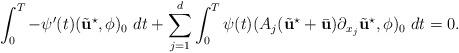
LaTeX: \begin{align*}\int_{0}^{T} - \psi'(t) (\tilde{\textbf{u}}^{\star}, \phi)_{0} ~ dt + \sum_{j=1}^{d}\int_{0}^{T} \psi(t) (A_{j}(\tilde{\textbf{u}}^{\star}+\bar{\textbf{u}})\partial_{x_{j}}\tilde{\textbf{u}}^{\star}, \phi)_{0} ~ dt = 0.\end{align*}